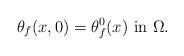
LaTeX: \begin{align*}\theta_f(x, 0) = \theta^{0}_f(x) \,\, {\rm in} \,\, \Omega.\end{align*}